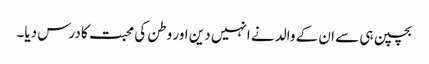
بچپن ہی سے ان کے والد نے انہیں دین اور وطن کی محبت کا درس دیا۔